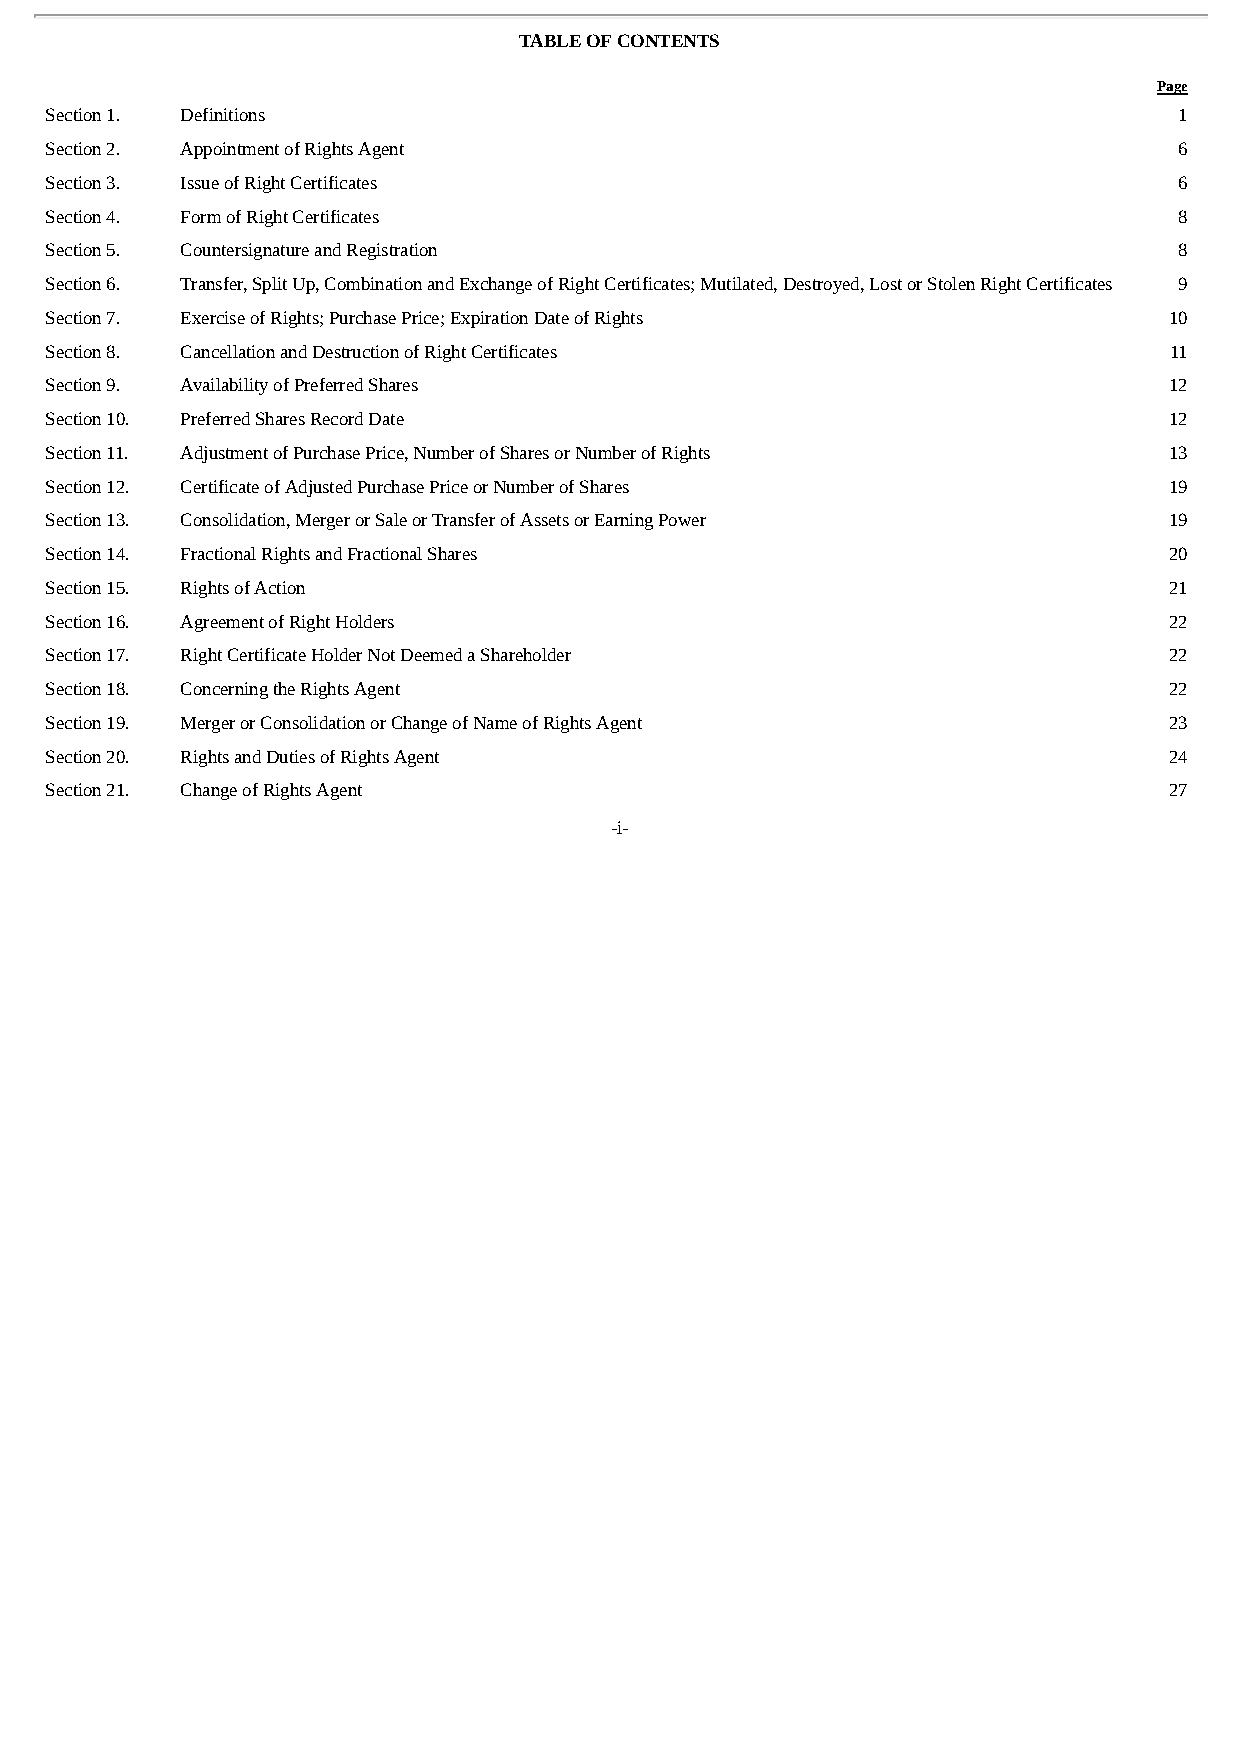
TABLE OF CONTENTS
 Page
 Section 1. Definitions                                                     1
 Section 2. Appointment of Rights Agent                                     6
 Section 3. Issue of Right Certificates                                     6
 Section 4. Form of Right Certificates                                      8
 Section 5. Countersignature and Registration                               8
 Section 6. Transfer, Split Up, Combination and Exchange of Right Certificates; Mutilated, Destroyed, Lost or Stolen Right Certificates 9
 Section 7. Exercise of Rights; Purchase Price; Expiration Date of Rights  10
 Section 8. Cancellation and Destruction of Right Certificates             11
 Section 9. Availability of Preferred Shares                               12
 Section 10. Preferred Shares Record Date                                  12
 Section 11. Adjustment of Purchase Price, Number of Shares or Number of Rights 13
 Section 12. Certificate of Adjusted Purchase Price or Number of Shares    19
 Section 13. Consolidation, Merger or Sale or Transfer of Assets or Earning Power 19
 Section 14. Fractional Rights and Fractional Shares                       20
 Section 15. Rights of Action                                              21
 Section 16. Agreement of Right Holders                                    22
 Section 17. Right Certificate Holder Not Deemed a Shareholder             22
 Section 18. Concerning the Rights Agent                                   22
 Section 19. Merger or Consolidation or Change of Name of Rights Agent     23
 Section 20. Rights and Duties of Rights Agent                             24
 Section 21. Change of Rights Agent                                        27
 -i-